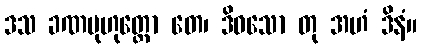
ဒသ ခဏမုဟုတ္တော တေ၊ ဒိဝသော တု အဟံ ဒိနံ။